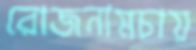
রোজনামচায়